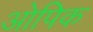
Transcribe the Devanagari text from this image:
ओपिक